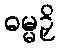
ဓမ္မဉှိ